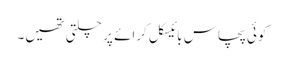
کوئی پچاس بائیسکل کرائے پر چلتی تھیں۔